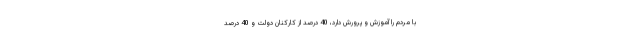
با مردم را آموزش و پرورش دارد، 40 درصد از کارکنان دولت و 40 درصد